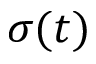
\sigma ( t )